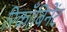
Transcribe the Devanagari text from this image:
रिकाँबिनेंट